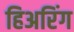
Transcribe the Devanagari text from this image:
हिअरिंग